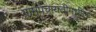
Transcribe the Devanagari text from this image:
ग्रामपंचायतीमधील